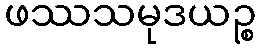
ဖဿသမုဒယဉ္စ